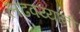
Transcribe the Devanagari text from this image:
लढवय्यांनी